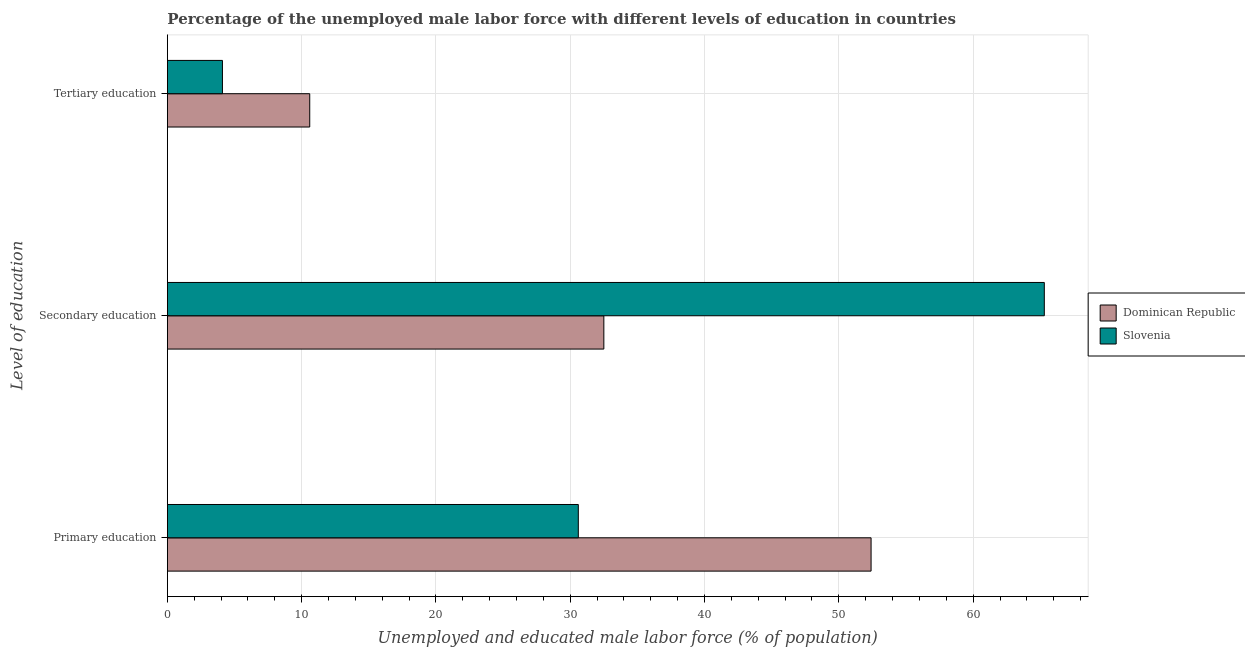
| Level of education | Dominican Republic | Slovenia |
 | --- | --- | --- |
 | Primary education | 52.4 | 30.6 |
 | Secondary education | 32.5 | 65.3 |
 | Tertiary education | 10.6 | 4.1 |